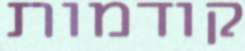
קודמות